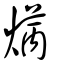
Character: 𤋲